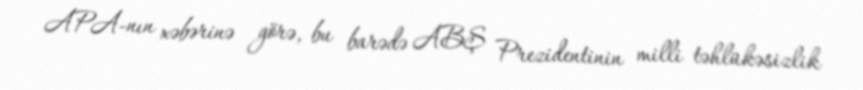
APA-nın xəbərinə görə, bu barədə ABŞ Prezidentinin milli təhlükəsizlik